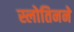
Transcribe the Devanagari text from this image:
स्लोतिनने